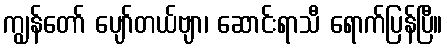
ကျွန်တော် ပျော်တယ်ဗျာ၊ ဆောင်းရာသီ ရောက်ပြန်ပြီ။